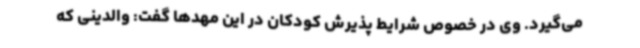
می‌گیرد. وی در خصوص شرایط پذیرش کودکان در این مهدها گفت: والدینی که